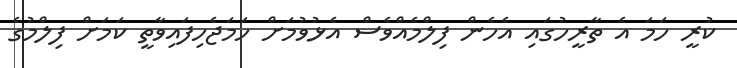
ކުރީ ހަމަ އެ ތާރީހުގައި އެހެން ފިލްމެއްވެސް އެޅުވުމަށް ހަމަޖެހިފައިވާތީ ކަމަށް ފިލްމުގެ